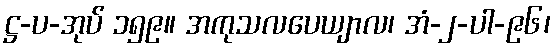
ဋ္ဌ-ပ-အုပ် ၁၅၉။ အကုသလပေယျာလ၊ အံ-၂-ပါ-၉၆၊